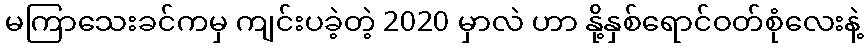
မကြာသေးခင်ကမှ ကျင်းပခဲ့တဲ့ 2020 မှာလဲ ဟာ နို့နှစ်ရောင်ဝတ်စုံလေးနဲ့